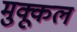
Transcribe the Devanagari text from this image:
मुक्कूल